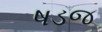
ષડજ